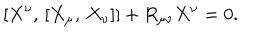
[ X ^ { \nu } , \, [ X _ { \mu } , \, X _ { \nu } ] ] + R _ { \mu \nu } X ^ { \nu } = 0 .